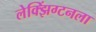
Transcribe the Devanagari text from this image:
लेक्झिंग्टनला